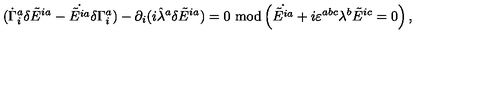
( \dot { \Gamma } _ { i } ^ { a } \delta \tilde { E } ^ { i a } - \dot { \tilde { E } ^ { i a } } \delta \Gamma _ { i } ^ { a } ) - \partial _ { i } ( i \hat { \lambda } ^ { a } \delta \tilde { E } ^ { i a } ) = 0 \ \mathrm { m o d } \left( \dot { \tilde { E } ^ { i a } } + i \varepsilon ^ { a b c } \lambda ^ { b } \tilde { E } ^ { i c } = 0 \right) ,